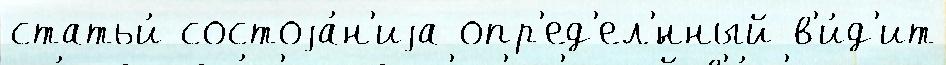
статьи́ состоjа́н'иjа опр'ед'ел'́нный в'и́д'ит